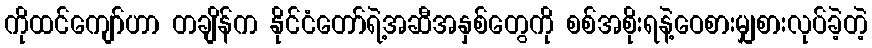
ကိုထင်ကျော်ဟာ တချိန်က နိုင်ငံတော်ရဲ့အဆီအနှစ်တွေကို စစ်အစိုးရနဲ့ဝေစားမျှစားလုပ်ခဲ့တဲ့